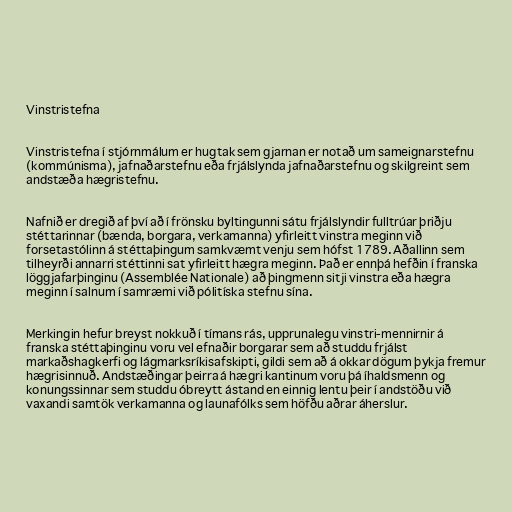
Vinstristefna

Vinstristefna í stjórnmálum er hugtak sem gjarnan er notað um sameignarstefnu
(kommúnisma), jafnaðarstefnu eða frjálslynda jafnaðarstefnu og skilgreint sem
andstæða hægristefnu.

Nafnið er dregið af því að í frönsku byltingunni sátu frjálslyndir fulltrúar þriðju
stéttarinnar (bænda, borgara, verkamanna) yfirleitt vinstra meginn við
forsetastólinn á stéttaþingum samkvæmt venju sem hófst 1789. Aðallinn sem
tilheyrði annarri stéttinni sat yfirleitt hægra meginn. Það er ennþá hefðin í franska
löggjafarþinginu (Assemblée Nationale) að þingmenn sitji vinstra eða hægra
meginn í salnum í samræmi við pólitíska stefnu sína.

Merkingin hefur breyst nokkuð í tímans rás, upprunalegu vinstri-mennirnir á
franska stéttaþinginu voru vel efnaðir borgarar sem að studdu frjálst
markaðshagkerfi og lágmarksríkisafskipti, gildi sem að á okkar dögum þykja fremur
hægrisinnuð. Andstæðingar þeirra á hægri kantinum voru þá íhaldsmenn og
konungssinnar sem studdu óbreytt ástand en einnig lentu þeir í andstöðu við
vaxandi samtök verkamanna og launafólks sem höfðu aðrar áherslur.